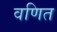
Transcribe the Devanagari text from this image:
वणित